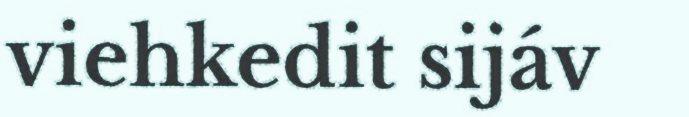
viehkedit sijáv